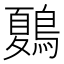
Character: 𪄂